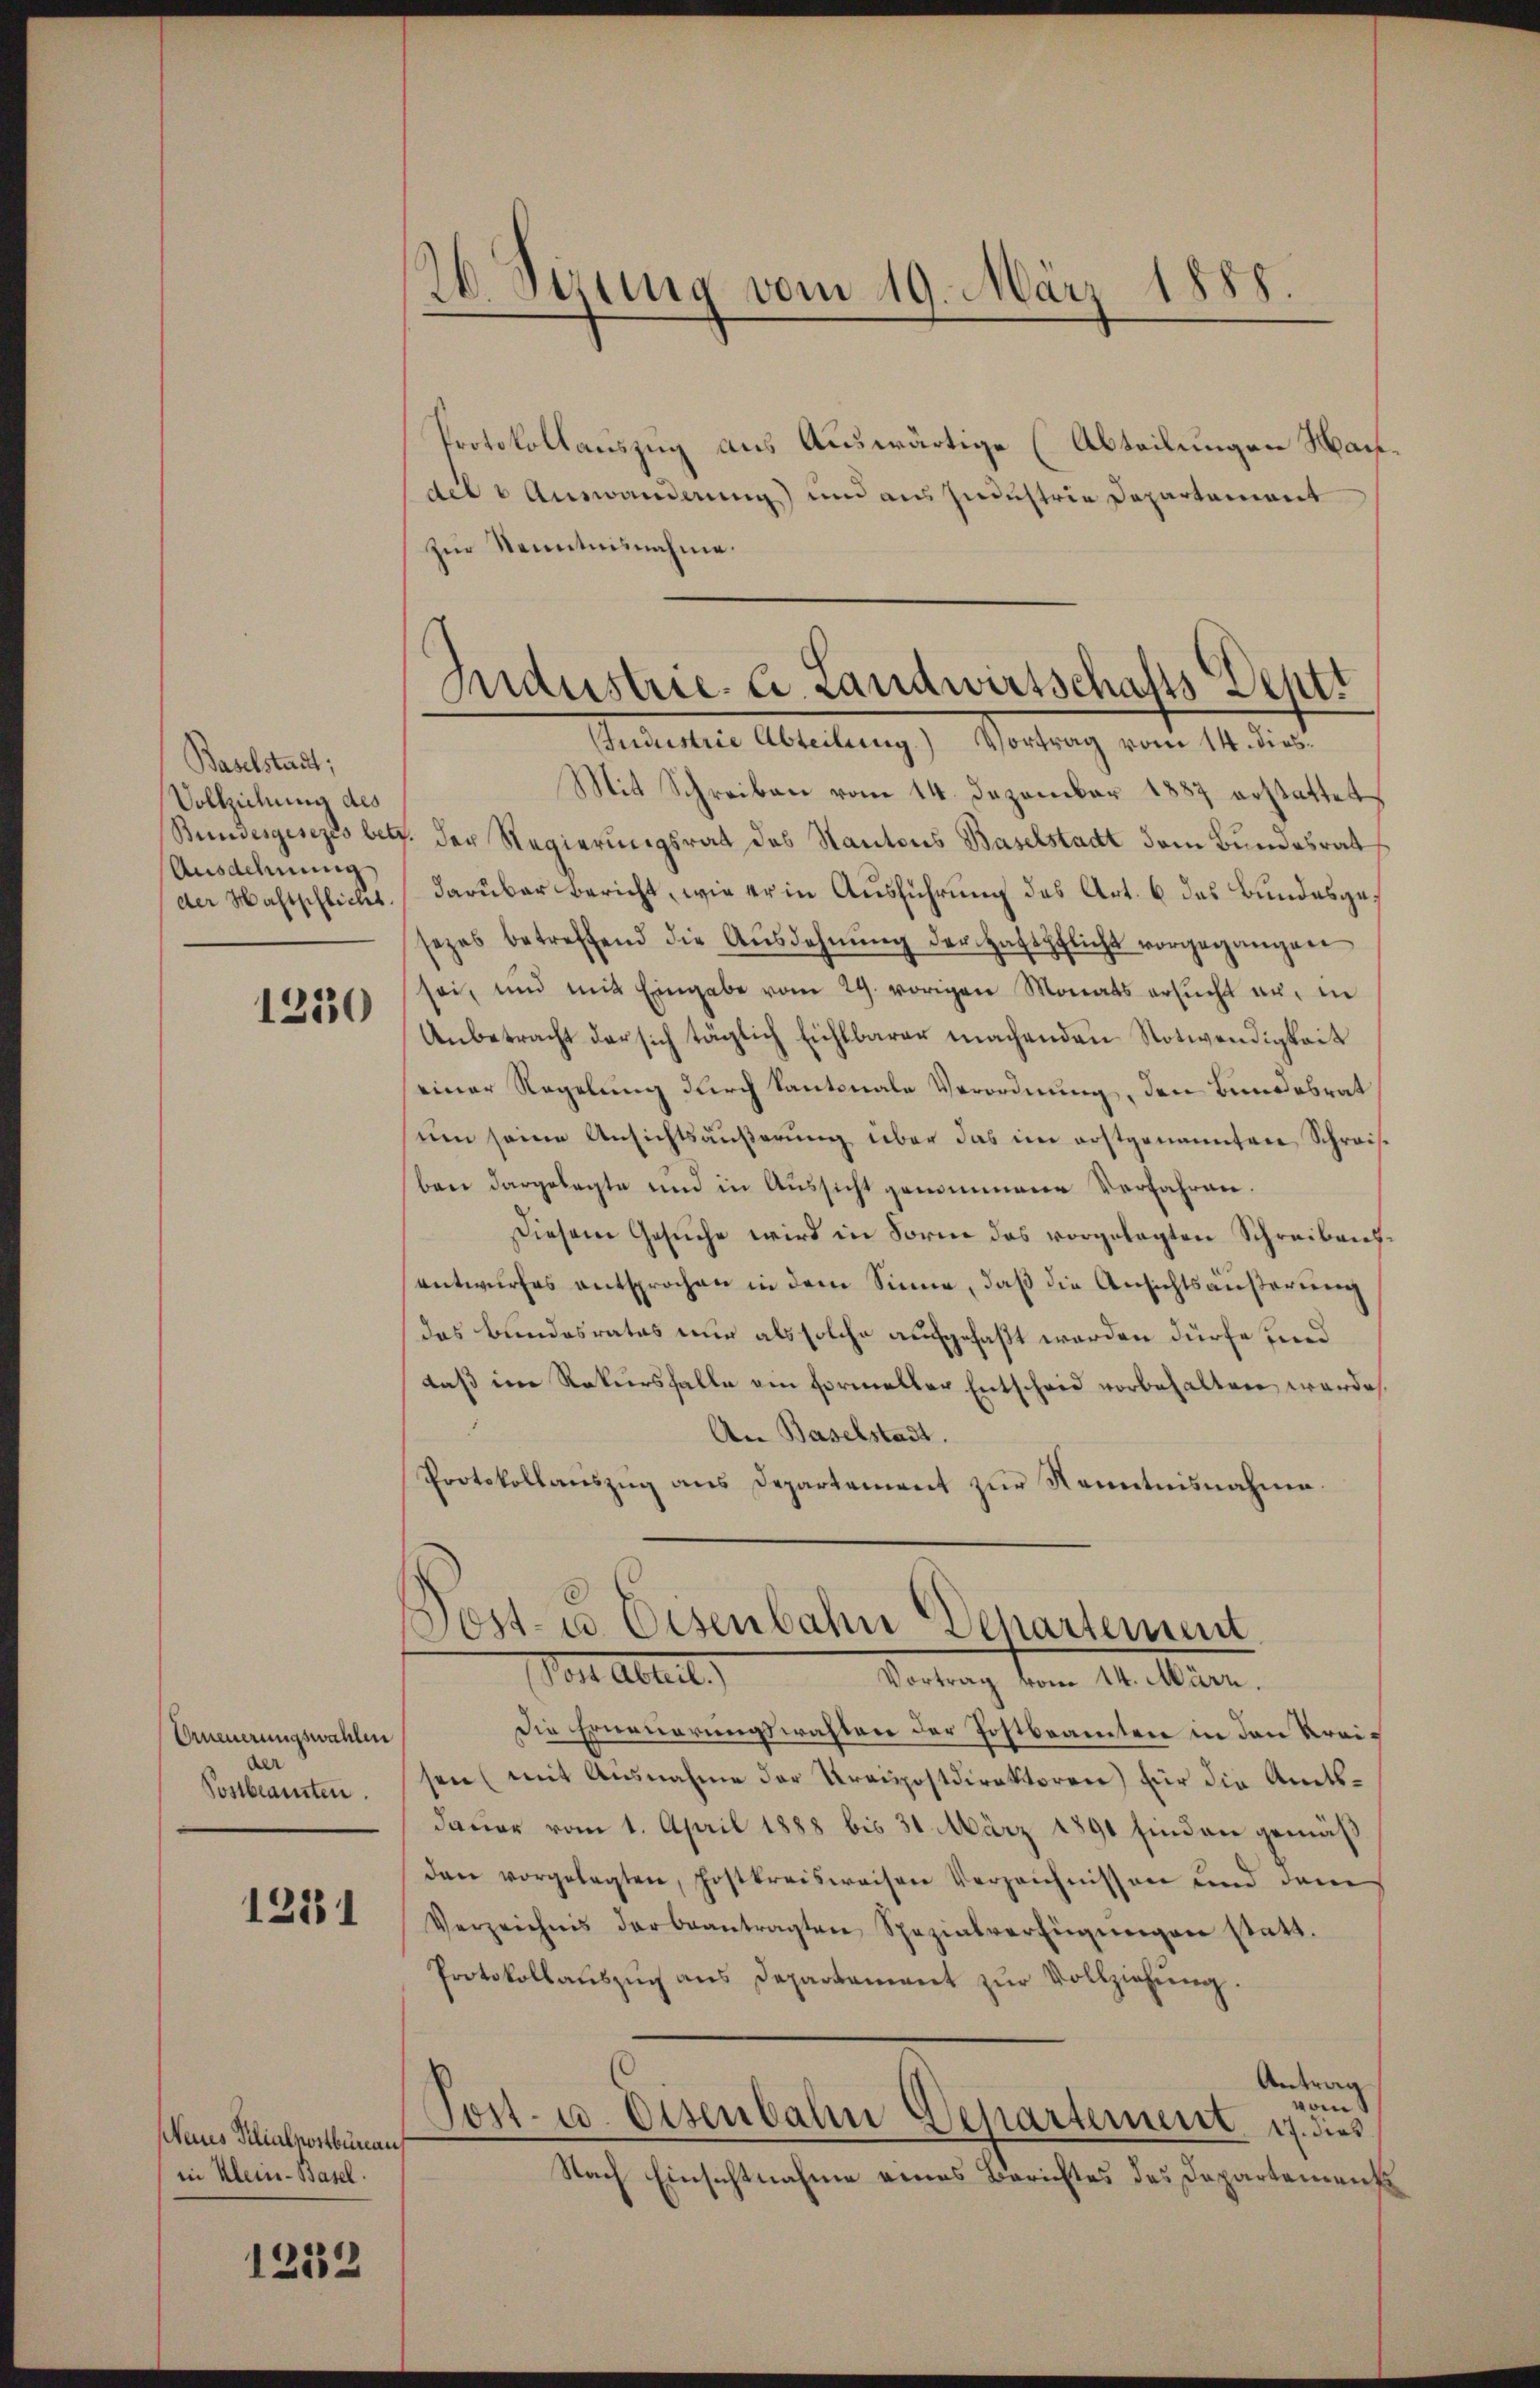
Baselstadt;
Vollziehung des
Bundesgesezes betr.
Ausdehnung
der Hastschliches.

1250

Erneuerungswahlen
der
Postbeamten.

1231

(Neues Filialkostbüreaus
in Klein-Basel.

1252

d
6 Sirung vom 19. März 1888.

Protokollauszug aus Auswärtige (Abteilungen Hanh
die 3 Auswanderung und aus Industrie Departement
zur Kenntnisnahme.
Industrie Abteilung.) Vortrag vom 14. dies
Mit Schreiben vom 14. Dezember 1887 erstattet
der Regierungsrat des Kantons Baselstadt dem Bundesrat
darüber Bericht, wie er in Ausführung des Art. 6 des Bundesgesezes betreffend die Aŭsdohnŭng der Haftpflicht vorgegangen
sei, und mit Eingabe vom 29. vorigen Monats ersŭcht an, in
Anbetracht der sich täglich Eichlbarer machenden Notwendigkeit
einer Regelung durch Kantonale Verordnung, den Bundesrat
sue seine Ansichtsäußerung über das im erstgenannten Schreis
ben dargelegte und in Aussicht genommene Verfahren.
Diesem Gesŭche wird in Forne das vorgelegten Schreiben
entwurfes entsprochen in dem Sinne, daß die Ansichtsäußerung
das Bundesrates nur als solche aufgefaßt werden dürfe und
daß im Rekursfalle ein Formeller Entscheid vorbehalten werde,
An Baselstadt.
Protokollauszug aus Departement zur Kenntnisnahme.
Post- u. Eisenbahn Departement.
llut.       Vertrag dem 12. Mann.
Die Erneuerungswahlen der Postbeamten in den Kreisen (mit Ausnahme der Kraispostdirektoren) für die Amtsdauer vom 1. April 1888 bis 31. März 1891 finden gemäß
den vorgelegten, Postkreisweisen Verzeichnissen und dem
Verzeichnis der beantragten Spezialverfügŭngen statt.
Protokollaŭszŭg ans Departament zŭr Vollziehŭng.
Antrag
vom
Post- u. Osenbahr Departement. 17. dies
Nach Einsichtnahme eines Berichtes das Departements

Industrie. C. Landwirtschafts-Deptt